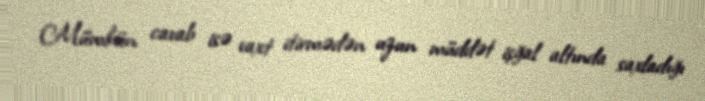
Mümkün cavab isə vaxt itirmədən uzun müddət işğal altında saxladığı